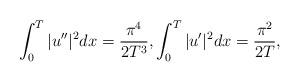
LaTeX: \begin{align*}\int_0^T |u''|^2dx= \frac{\pi^4}{2T^3}, \int_0^T |u'|^2 dx= \frac{\pi^2}{2T},\end{align*}